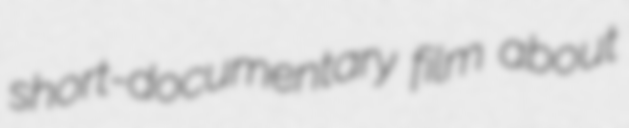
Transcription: short-documentary film about